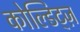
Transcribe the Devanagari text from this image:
कोल्डिट्ज़